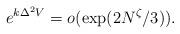
LaTeX: \begin{align*} e^{k\Delta^{2}V} = o(\exp(2N^{\zeta}/3)).\end{align*}